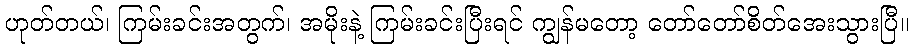
ဟုတ်တယ်၊ ကြမ်းခင်းအတွက်၊ အမိုးနဲ့ ကြမ်းခင်းပြီးရင် ကျွန်မတော့ တော်တော်စိတ်အေးသွားပြီ။